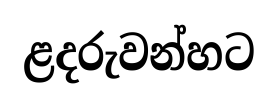
ළදරුවන්හට